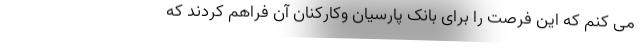
می کنم که این فرصت را برای بانک پارسیان وکارکنان آن فراهم کردند که